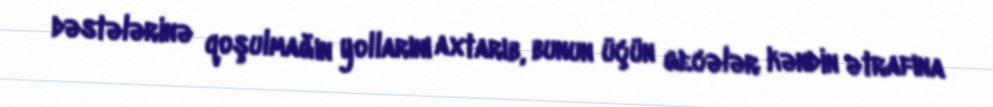
dəstələrinə qoşulmağın yollarını axtarıb, bunun üçün gecələr kəndin ətrafına